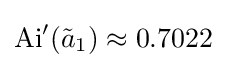
\operatorname {Ai} '({\tilde {a}}_{1})\approx 0.7022